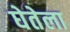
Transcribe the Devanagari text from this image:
घेतेला